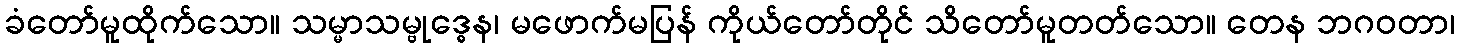
ခံတော်မူထိုက်သော။ သမ္မာသမ္ဗုဒ္ဓေန၊ မဖောက်မပြန် ကိုယ်တော်တိုင် သိတော်မူတတ်သော။ တေန ဘဂဝတာ၊